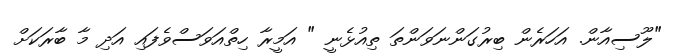
"ލޫސިއާން. އަހަރެން ބިރުގަންނަވަންތަ ތިއުޅެނީ " އަމީރާ ހިތްއަވަސްވެފައި އަދި މާ ބާރަކަށް